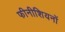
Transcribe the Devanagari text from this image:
फीनीशियनों